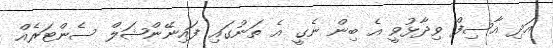
އަދި އާސިފް ވިދާޅުވީ އެ ބިން ނެގީ އެ ތަނުގައި ފައިނޭންޝަލް ސެންޓަރެއް